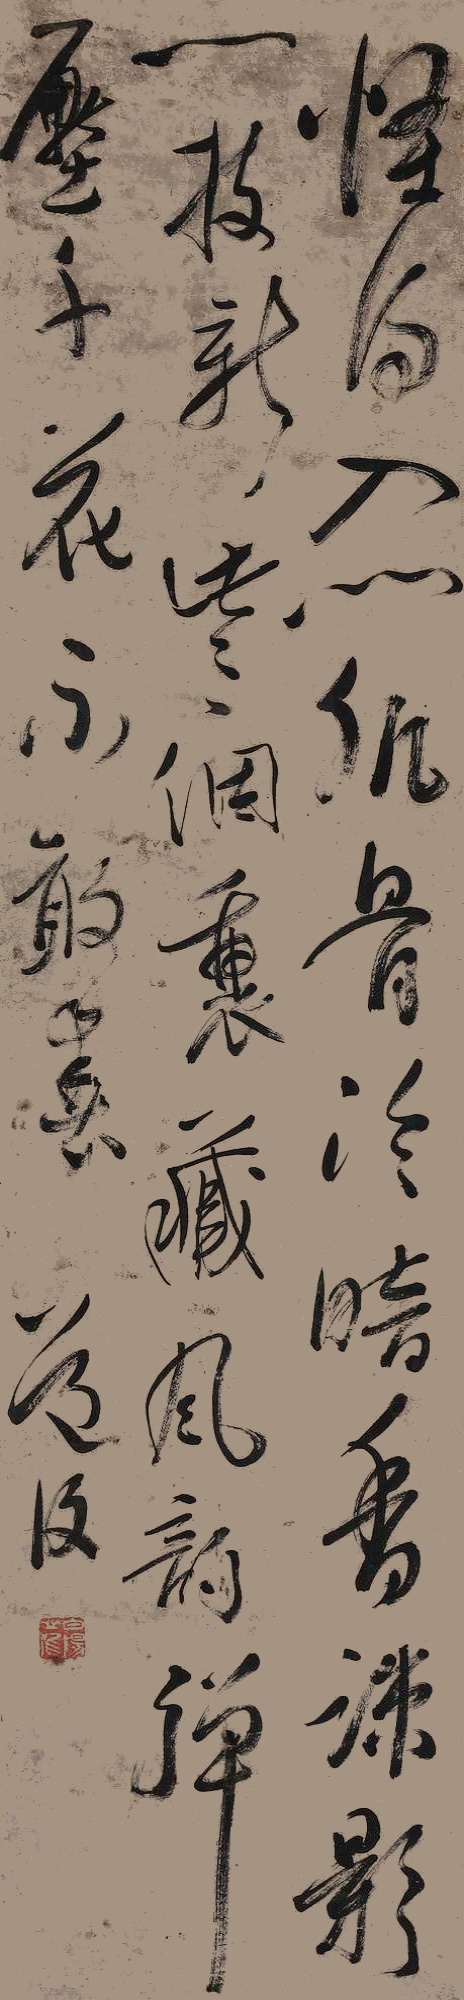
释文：怪得入门肌骨冷，暗香疏影一枝新。些些个里藏风韵，弹压千花不敢春。道复。